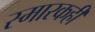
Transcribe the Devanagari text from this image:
स्मारकही